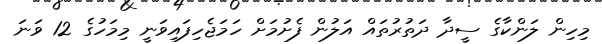
މިހިން ލަންކާގެ ސީދާ ދަތުރުތައް އަލުން ފެށުމަށް ހަމަޖެހިފައިވަނީ މިމަހުގެ 12 ވަނަ